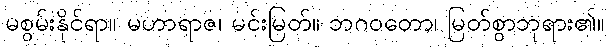
မစွမ်းနိုင်ရာ။ မဟာရာဇ၊ မင်းမြတ်။ ဘဂဝတော၊ မြတ်စွာဘုရား၏။